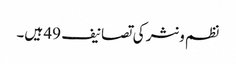
نظم و نثر کی تصانیف 49 ہیں۔